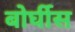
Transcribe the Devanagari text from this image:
बोर्घीस